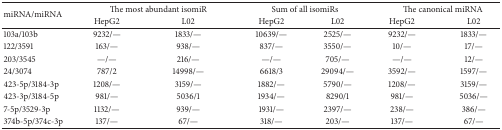
| <ROWSPAN=2> miRNA/miRNA | <COLSPAN=2> The most abundant isomiR | <COLSPAN=2> Sum of all isomiRs | <COLSPAN=2> The canonical miRNA |
 | HepG2 | L02 | HepG2 | L02 | HepG2 | L02 |
 | --- | --- | --- | --- | --- | --- | --- |
 | 103a/103b | 9232/— | 1833/— | 10639/— | 2525/— | 9232/— | 1833/— |
 | 122/3591 | 163/— | 938/— | 837/— | 3550/— | 10/— | 17/— |
 | 203/3545 | —/— | 216/— | —/— | 705/— | —/— | 12/— |
 | 24/3074 | 787/2 | 14998/— | 6618/3 | 29094/— | 3592/— | 1597/— |
 | 423-5p/3184-3p | 1208/— | 3159/— | 1882/— | 5790/— | 1208/— | 3159/— |
 | 423-3p/3184-5p | 981/— | 5036/1 | 1934/— | 8290/1 | 981/— | 5036/— |
 | 7-5p/3529-3p | 1132/— | 939/— | 1931/— | 2397/— | 238/— | 386/— |
 | 374b-5p/374c-3p | 137/— | 67/— | 318/— | 203/— | 137/— | 67/— |